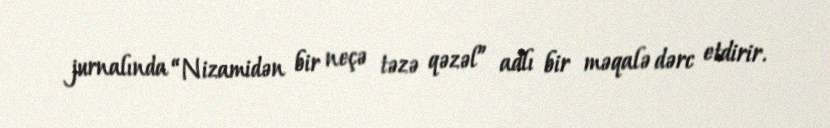
jurnalında “Nizamidən bir neçə təzə qəzəl” adlı bir məqalə dərc etdirir.